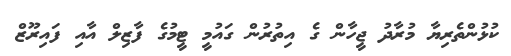
ކުޅުންތެރިޔާ މުރާދު ޖީހާން ގެ އިތުރުން ގައުމީ ޓީމުގެ ފާޒިލް އާއި ފައިރޫޒް